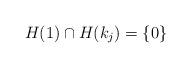
LaTeX: \begin{align*}H(1) \cap H(k_j) =\{0\}\end{align*}